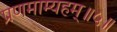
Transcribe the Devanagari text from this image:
प्रणमाम्यहम्॥५॥